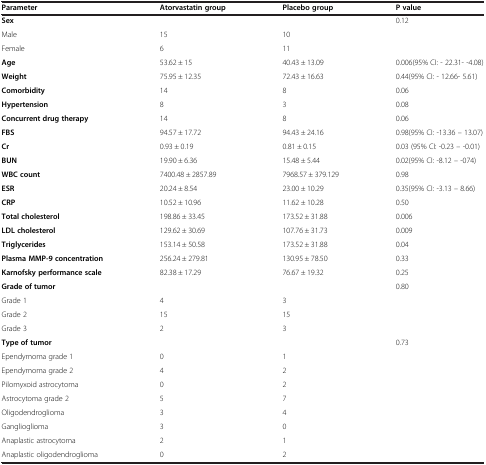
<table><thead><tr><td><b>Parameter</b></td><td><b>Atorvastatin group</b></td><td><b>Placebo group</b></td><td><b>P value</b></td></tr></thead><tbody><tr><td><b>Sex</b></td><td> </td><td> </td><td rowspan="3">0.12</td></tr><tr><td>Male</td><td>15</td><td>10</td></tr><tr><td>Female</td><td>6</td><td>11</td></tr><tr><td><b>Age</b></td><td>53.62 ± 15</td><td>40.43 ± 13.09</td><td>0.006(95% CI: - 22.31- -4.08)</td></tr><tr><td><b>Weight</b></td><td>75.95 ± 12.35</td><td>72.43 ± 16.63</td><td>0.44(95% CI: - 12.66- 5.61)</td></tr><tr><td><b>Comorbidity</b></td><td>14</td><td>8</td><td>0.06</td></tr><tr><td><b>Hypertension</b></td><td>8</td><td>3</td><td>0.08</td></tr><tr><td><b>Concurrent drug therapy</b></td><td>14</td><td>8</td><td>0.06</td></tr><tr><td><b>FBS</b></td><td>94.57 ± 17.72</td><td>94.43 ± 24.16</td><td>0.98(95% CI: -13.36 – 13.07)</td></tr><tr><td><b>Cr</b></td><td>0.93 ± 0.19</td><td>0.81 ± 0.15</td><td>0.03 (95% CI: -0.23 – -0.01)</td></tr><tr><td><b>BUN</b></td><td>19.90 ± 6.36</td><td>15.48 ± 5.44</td><td>0.02(95% CI: -8.12 – -074)</td></tr><tr><td><b>WBC count</b></td><td>7400.48 ± 2857.89</td><td>7968.57 ± 379.129</td><td>0.98</td></tr><tr><td><b>ESR</b></td><td>20.24 ± 8.54</td><td>23.00 ± 10.29</td><td>0.35(95% CI: -3.13 – 8.66)</td></tr><tr><td><b>CRP</b></td><td>10.52 ± 10.96</td><td>11.62 ± 10.28</td><td>0.50</td></tr><tr><td><b>Total cholesterol</b></td><td>198.86 ± 33.45</td><td>173.52 ± 31.88</td><td>0.006</td></tr><tr><td><b>LDL cholesterol</b></td><td>129.62 ± 30.69</td><td>107.76 ± 31.73</td><td>0.009</td></tr><tr><td><b>Triglycerides</b></td><td>153.14 ± 50.58</td><td>173.52 ± 31.88</td><td>0.04</td></tr><tr><td><b>Plasma MMP-9 concentration</b></td><td>256.24 ± 279.81</td><td>130.95 ± 78.50</td><td>0.33</td></tr><tr><td><b>Karnofsky performance scale</b></td><td>82.38 ± 17.29</td><td>76.67 ± 19.32</td><td>0.25</td></tr><tr><td><b>Grade of tumor</b></td><td> </td><td> </td><td rowspan="4">0.80</td></tr><tr><td>Grade 1</td><td>4</td><td>3</td></tr><tr><td>Grade 2</td><td>15</td><td>15</td></tr><tr><td>Grade 3</td><td>2</td><td>3</td></tr><tr><td><b>Type of tumor</b></td><td> </td><td> </td><td rowspan="9">0.73</td></tr><tr><td>Ependymoma grade 1</td><td>0</td><td>1</td></tr><tr><td>Ependymoma grade 2</td><td>4</td><td>2</td></tr><tr><td>Pilomyxoid astrocytoma</td><td>0</td><td>2</td></tr><tr><td>Astrocytoma grade 2</td><td>5</td><td>7</td></tr><tr><td>Oligodendroglioma</td><td>3</td><td>4</td></tr><tr><td>Ganglioglioma</td><td>3</td><td>0</td></tr><tr><td>Anaplastic astrocytoma</td><td>2</td><td>1</td></tr><tr><td>Anaplastic oligodendroglioma</td><td>0</td><td>2</td></tr></tbody></table>